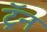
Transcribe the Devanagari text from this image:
ट्रॅन